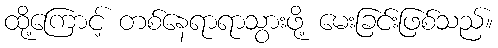
ထို့ကြောင့် တစ်နေရာရာသွားဖို့ မေးခြင်းဖြစ်သည်။